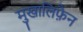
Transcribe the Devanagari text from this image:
मुखालिफ़ैन